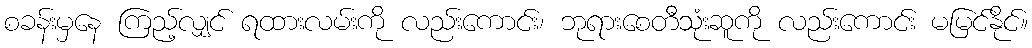
စခန်းမှနေ ကြည့်လျှင် ရထားလမ်းကို လည်းကောင်း၊ ဘုရားစေတီသုံးဆူကို လည်းကောင်း မမြင်နိုင်။